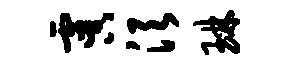
虞须琳